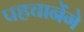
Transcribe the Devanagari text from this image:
पहचानेंगे